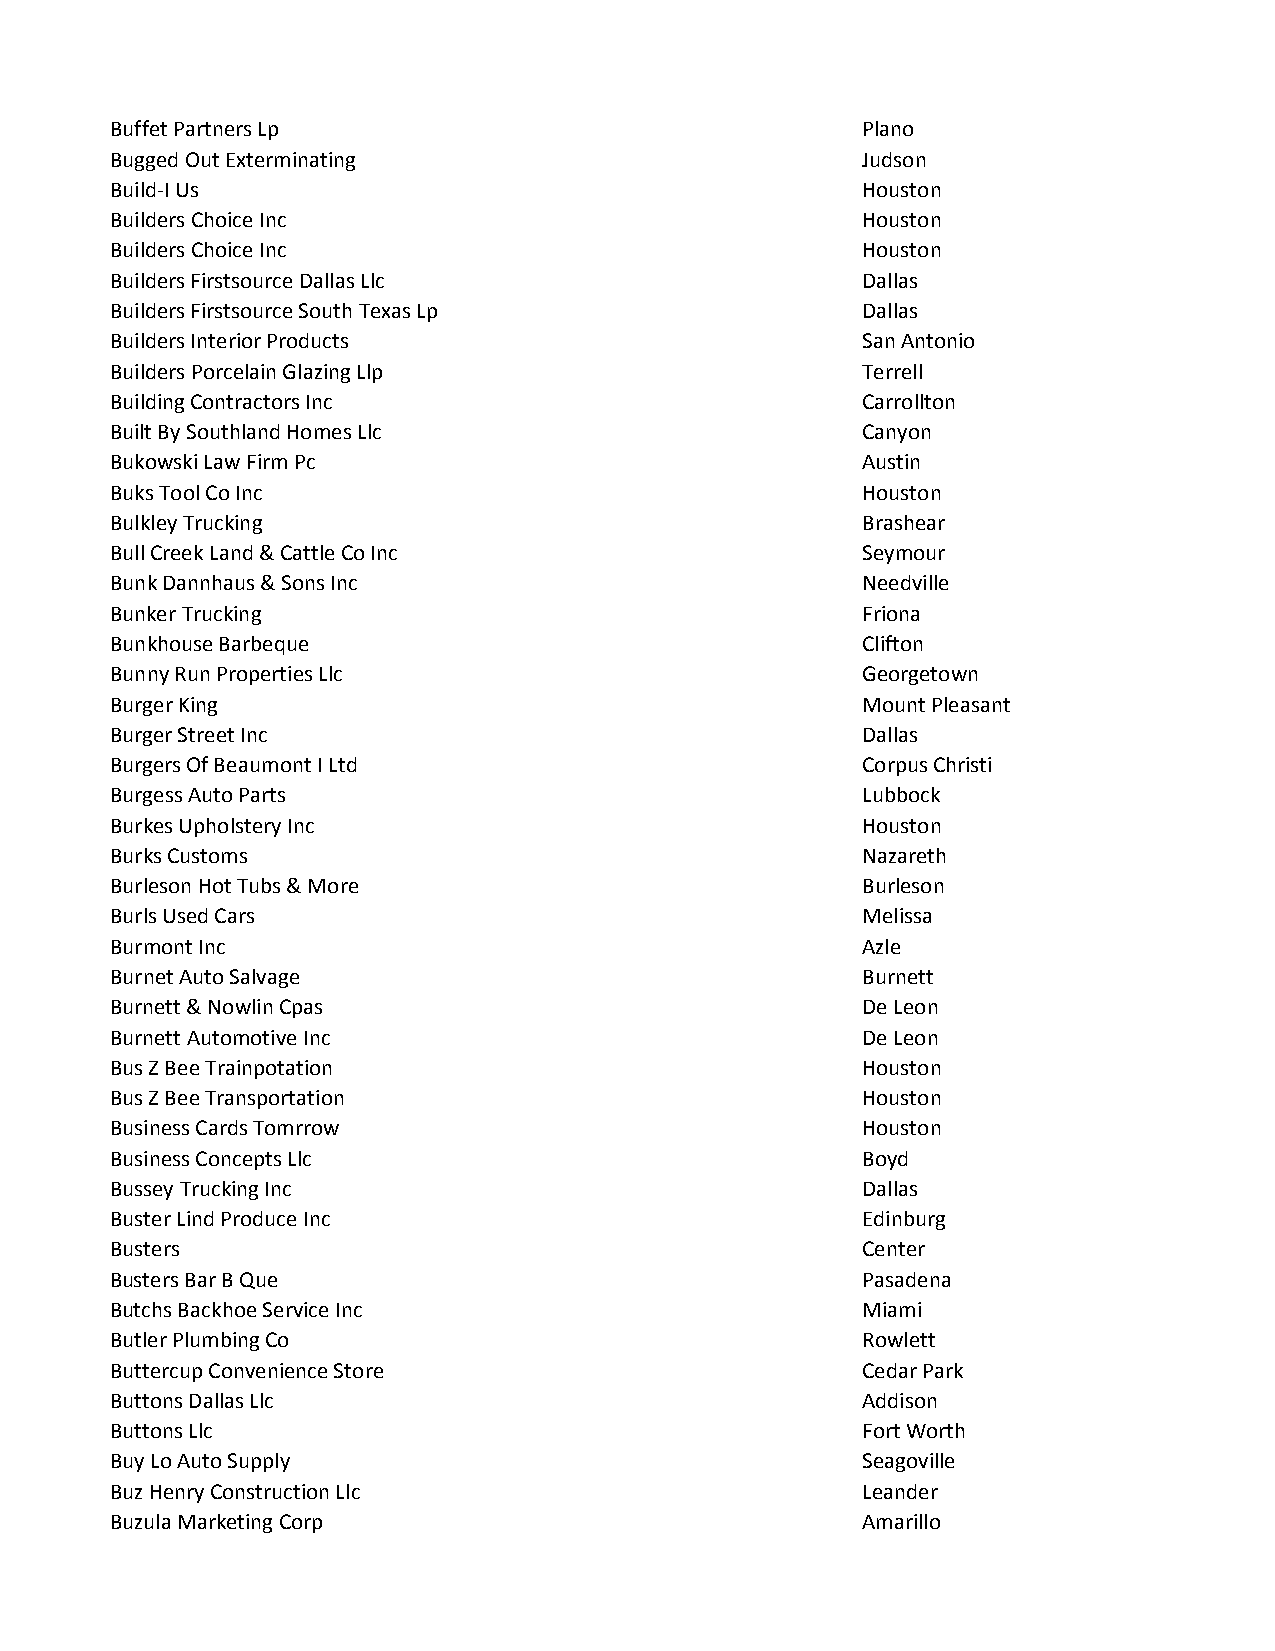
Buffet Partners Lp                                Plano
 Bugged Out Exterminating                          Judson
 Build-I Us                                        Houston
 Builders Choice Inc                               Houston
 Builders Choice Inc                               Houston
 Builders Firstsource Dallas Llc                   Dallas
 Builders Firstsource South Texas Lp               Dallas
 Builders Interior Products                        San Antonio
 Builders Porcelain Glazing Llp                    Terrell
 Building Contractors Inc                          Carrollton
 Built By Southland Homes Llc                      Canyon
 Bukowski Law Firm Pc                              Austin
 Buks Tool Co Inc                                  Houston
 Bulkley Trucking                                  Brashear
 Bull Creek Land & Cattle Co Inc                   Seymour
 Bunk Dannhaus & Sons Inc                          Needville
 Bunker Trucking                                   Friona
 Bunkhouse Barbeque                                Clifton
 Bunny Run Properties Llc                          Georgetown
 Burger King                                       Mount Pleasant
 Burger Street Inc                                 Dallas
 Burgers Of Beaumont I Ltd                         Corpus Christi
 Burgess Auto Parts                                Lubbock
 Burkes Upholstery Inc                             Houston
 Burks Customs                                     Nazareth
 Burleson Hot Tubs & More                          Burleson
 Burls Used Cars                                   Melissa
 Burmont Inc                                       Azle
 Burnet Auto Salvage                               Burnett
 Burnett & Nowlin Cpas                             De Leon
 Burnett Automotive Inc                            De Leon
 Bus Z Bee Trainpotation                           Houston
 Bus Z Bee Transportation                          Houston
 Business Cards Tomrrow                            Houston
 Business Concepts Llc                             Boyd
 Bussey Trucking Inc                               Dallas
 Buster Lind Produce Inc                           Edinburg
 Busters                                           Center
 Busters Bar B Que                                 Pasadena
 Butchs Backhoe Service Inc                        Miami
 Butler Plumbing Co                                Rowlett
 Buttercup Convenience Store                       Cedar Park
 Buttons Dallas Llc                                Addison
 Buttons Llc                                       Fort Worth
 Buy Lo Auto Supply                                Seagoville
 Buz Henry Construction Llc                        Leander
 Buzula Marketing Corp                             Amarillo